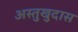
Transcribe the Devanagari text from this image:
अस्तुखुदास